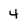
Character: 4